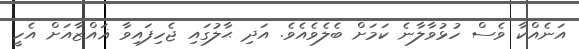
އަނެއްކާ ވެސް ހުޅުވާލާނެ ކަމަށް ބެލެވެއެވެ. އަދި ޙާލުގައި ޖެހިފައިވާ ޣައްޒާއަށް އެހީ